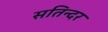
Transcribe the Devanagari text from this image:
सतिन्दर